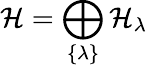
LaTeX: {\cal H}=\bigoplus_{\{ \lambda\} }{\cal H}_{\lambda}